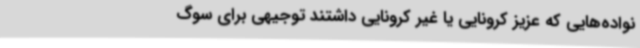
نواده‌هایی که عزیز کرونایی یا غیر کرونایی داشتند توجیهی برای سوگ